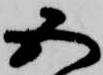
五